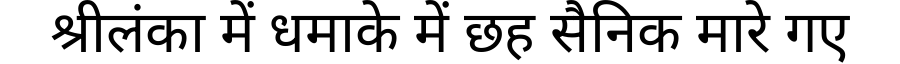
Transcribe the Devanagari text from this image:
श्रीलंका में धमाके में छह सैनिक मारे गए